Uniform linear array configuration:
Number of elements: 32
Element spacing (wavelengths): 0.25
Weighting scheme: hamming
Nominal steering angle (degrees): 45
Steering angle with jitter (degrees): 44.17
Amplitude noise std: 0.05
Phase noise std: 0.05

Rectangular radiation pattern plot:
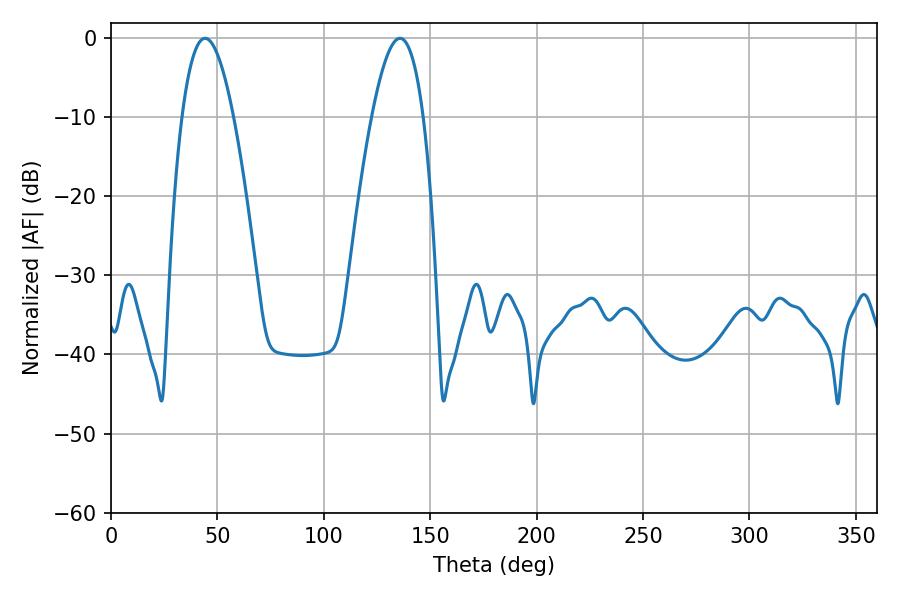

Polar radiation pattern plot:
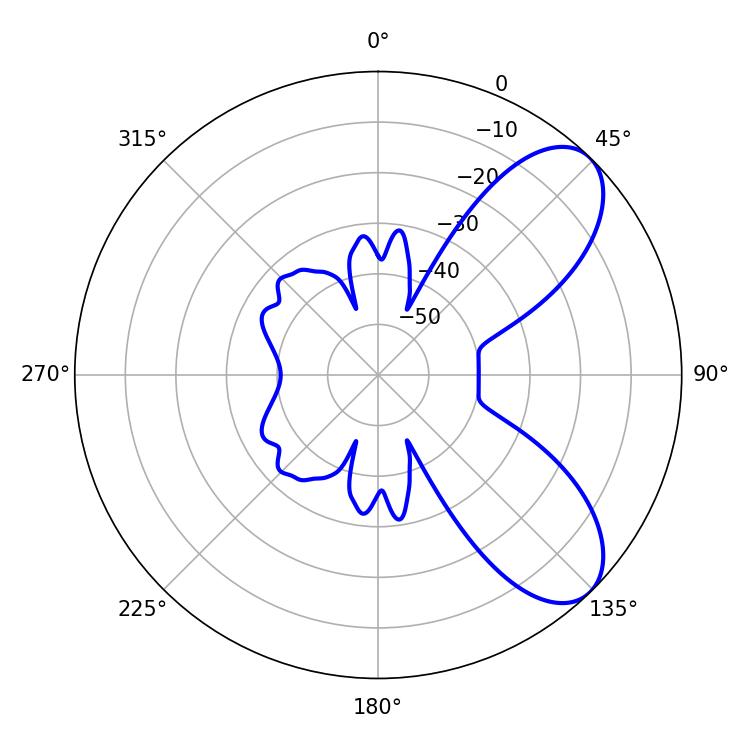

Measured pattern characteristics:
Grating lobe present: FALSE
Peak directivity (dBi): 7.57
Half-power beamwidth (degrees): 13.32
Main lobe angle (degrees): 44.28